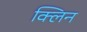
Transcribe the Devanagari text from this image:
क्‍लिन